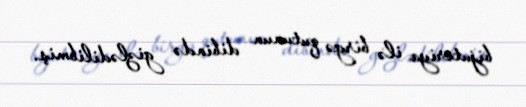
bijuteriya ilə birgə qutunun dibində gizlədilibmiş.